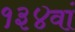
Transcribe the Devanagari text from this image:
१३४वां